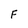
Character: F